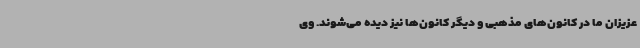
عزیزان ما در کانون‌های مذهبی و دیگر کانون‌ها نیز دیده می‌شوند. وی